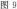
图9